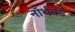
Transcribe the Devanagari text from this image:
नॉर्थवर्ड